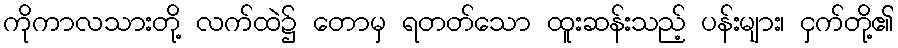
ကိုကာလသားတို့ လက်ထဲ၌ တောမှ ရတတ်သော ထူးဆန်းသည့် ပန်းများ၊ ငှက်တို့၏